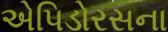
એપિડોરસના